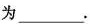
为___.